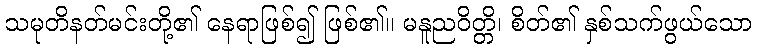
သမုတိနတ်မင်းတို့၏ နေရာဖြစ်၍ ဖြစ်၏။ မနူညဝိတ္တိ၊ စိတ်၏ နှစ်သက်ဖွယ်သော